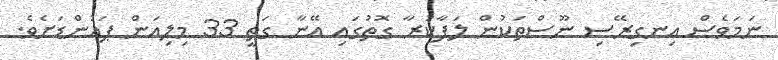
ނަމަވެސް އިނގިރޭސި ނޫސްތަކުން ލަފާކުރާ ގޮތުގައި އޭނާ ގަތީ 33 މިލިއަން ޕައުންޑަށެވެ.